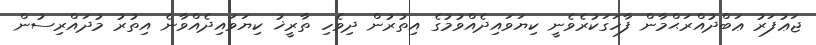
ޖަޢުފަރު ޢަބްދުއްރަޙްމާން ފާހަގަކުރެވެނީ ކިޔަވައިދެއްވުމުގެ އިތުރުން ދިވެހި ތާރީޚު ކިޔަވައިދެއްވާނެ އިތުރު މުދައްރިސުން